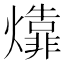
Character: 㸆